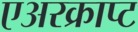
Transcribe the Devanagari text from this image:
एअरक्राप्ट